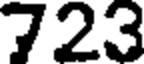
723